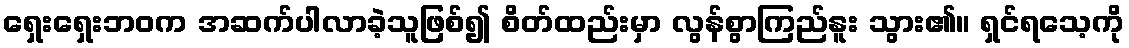
ရှေးရှေးဘဝက အဆက်ပါလာခဲ့သူဖြစ်၍ စိတ်ထည်းမှာ လွန်စွာကြည်နူး သွား၏။ ရှင်ရသေ့ကို